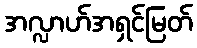
အလ္လာဟ်အရှင်မြတ်